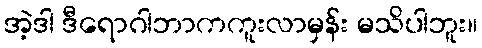
အဲ့ဒါ ဒီရောဂါဘာကကူးလာမှန်း မသိပါဘူး။